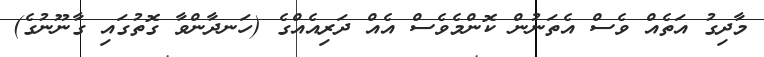
މާދިގު އަތެއް ވެސް އެތަނުން ކޮންމެވެސް އެއް ދަރިއެއްގެ (ހަނދާންވާ ގޮތުގައި ގާނޫނުގެ)